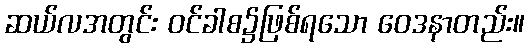
ဆယ်လအတွင်း ဝင်ခါစ၌ဖြစ်ရသော ဝေဒနာတည်း။